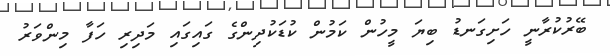
ބޭރުކުރާނީ ހަށިގަނޑު ބިޔަ މީހުން ކަމުން ކުޑަކުދިންގެ ގައިގައި މަދިރި ހަފާ މިންވަރު